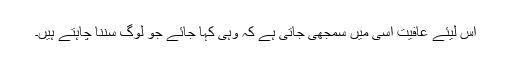
اس لیئے عافیت اسی میں سمجھی جاتی ہے کہ وہی کہا جائے جو لوگ سننا چاہتے ہیں۔